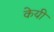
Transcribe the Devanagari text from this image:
केयी